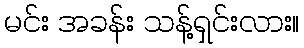
မင်း အခန်း သန့်ရှင်းလား။